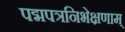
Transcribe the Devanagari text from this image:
पद्मपत्रनिभेक्षणाम्